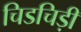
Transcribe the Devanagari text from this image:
चिडचिड़ी